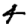
Digit: 4